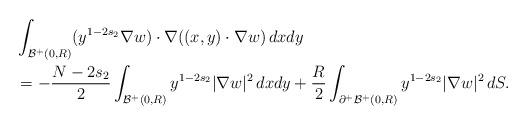
LaTeX: \begin{align*}&\int_{\mathcal{B}^+(0, R)}(y^{1-2s_2} \nabla w) \cdot \nabla ((x, y) \cdot \nabla w)\,dxdy\\&=-\frac{N-2s_2}{2} \int_{\mathcal{B}^+(0, R)} y^{1-2s_2} |\nabla w|^2\,dxdy+ \frac R 2 \int_{\partial^+\mathcal{B}^+(0, R)} y^{1-2s_2} |\nabla w|^2\,dS.\end{align*}